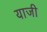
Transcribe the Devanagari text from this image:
याजी